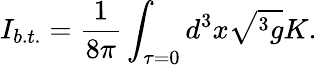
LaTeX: I_{b.t.}=\frac 1{8\pi}\int_{\tau=0}d^{3}x\sqrt{^3g}K.